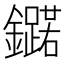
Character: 𮣥